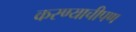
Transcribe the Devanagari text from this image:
करण्याचीपण